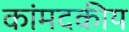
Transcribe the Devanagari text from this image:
कांमदकीय